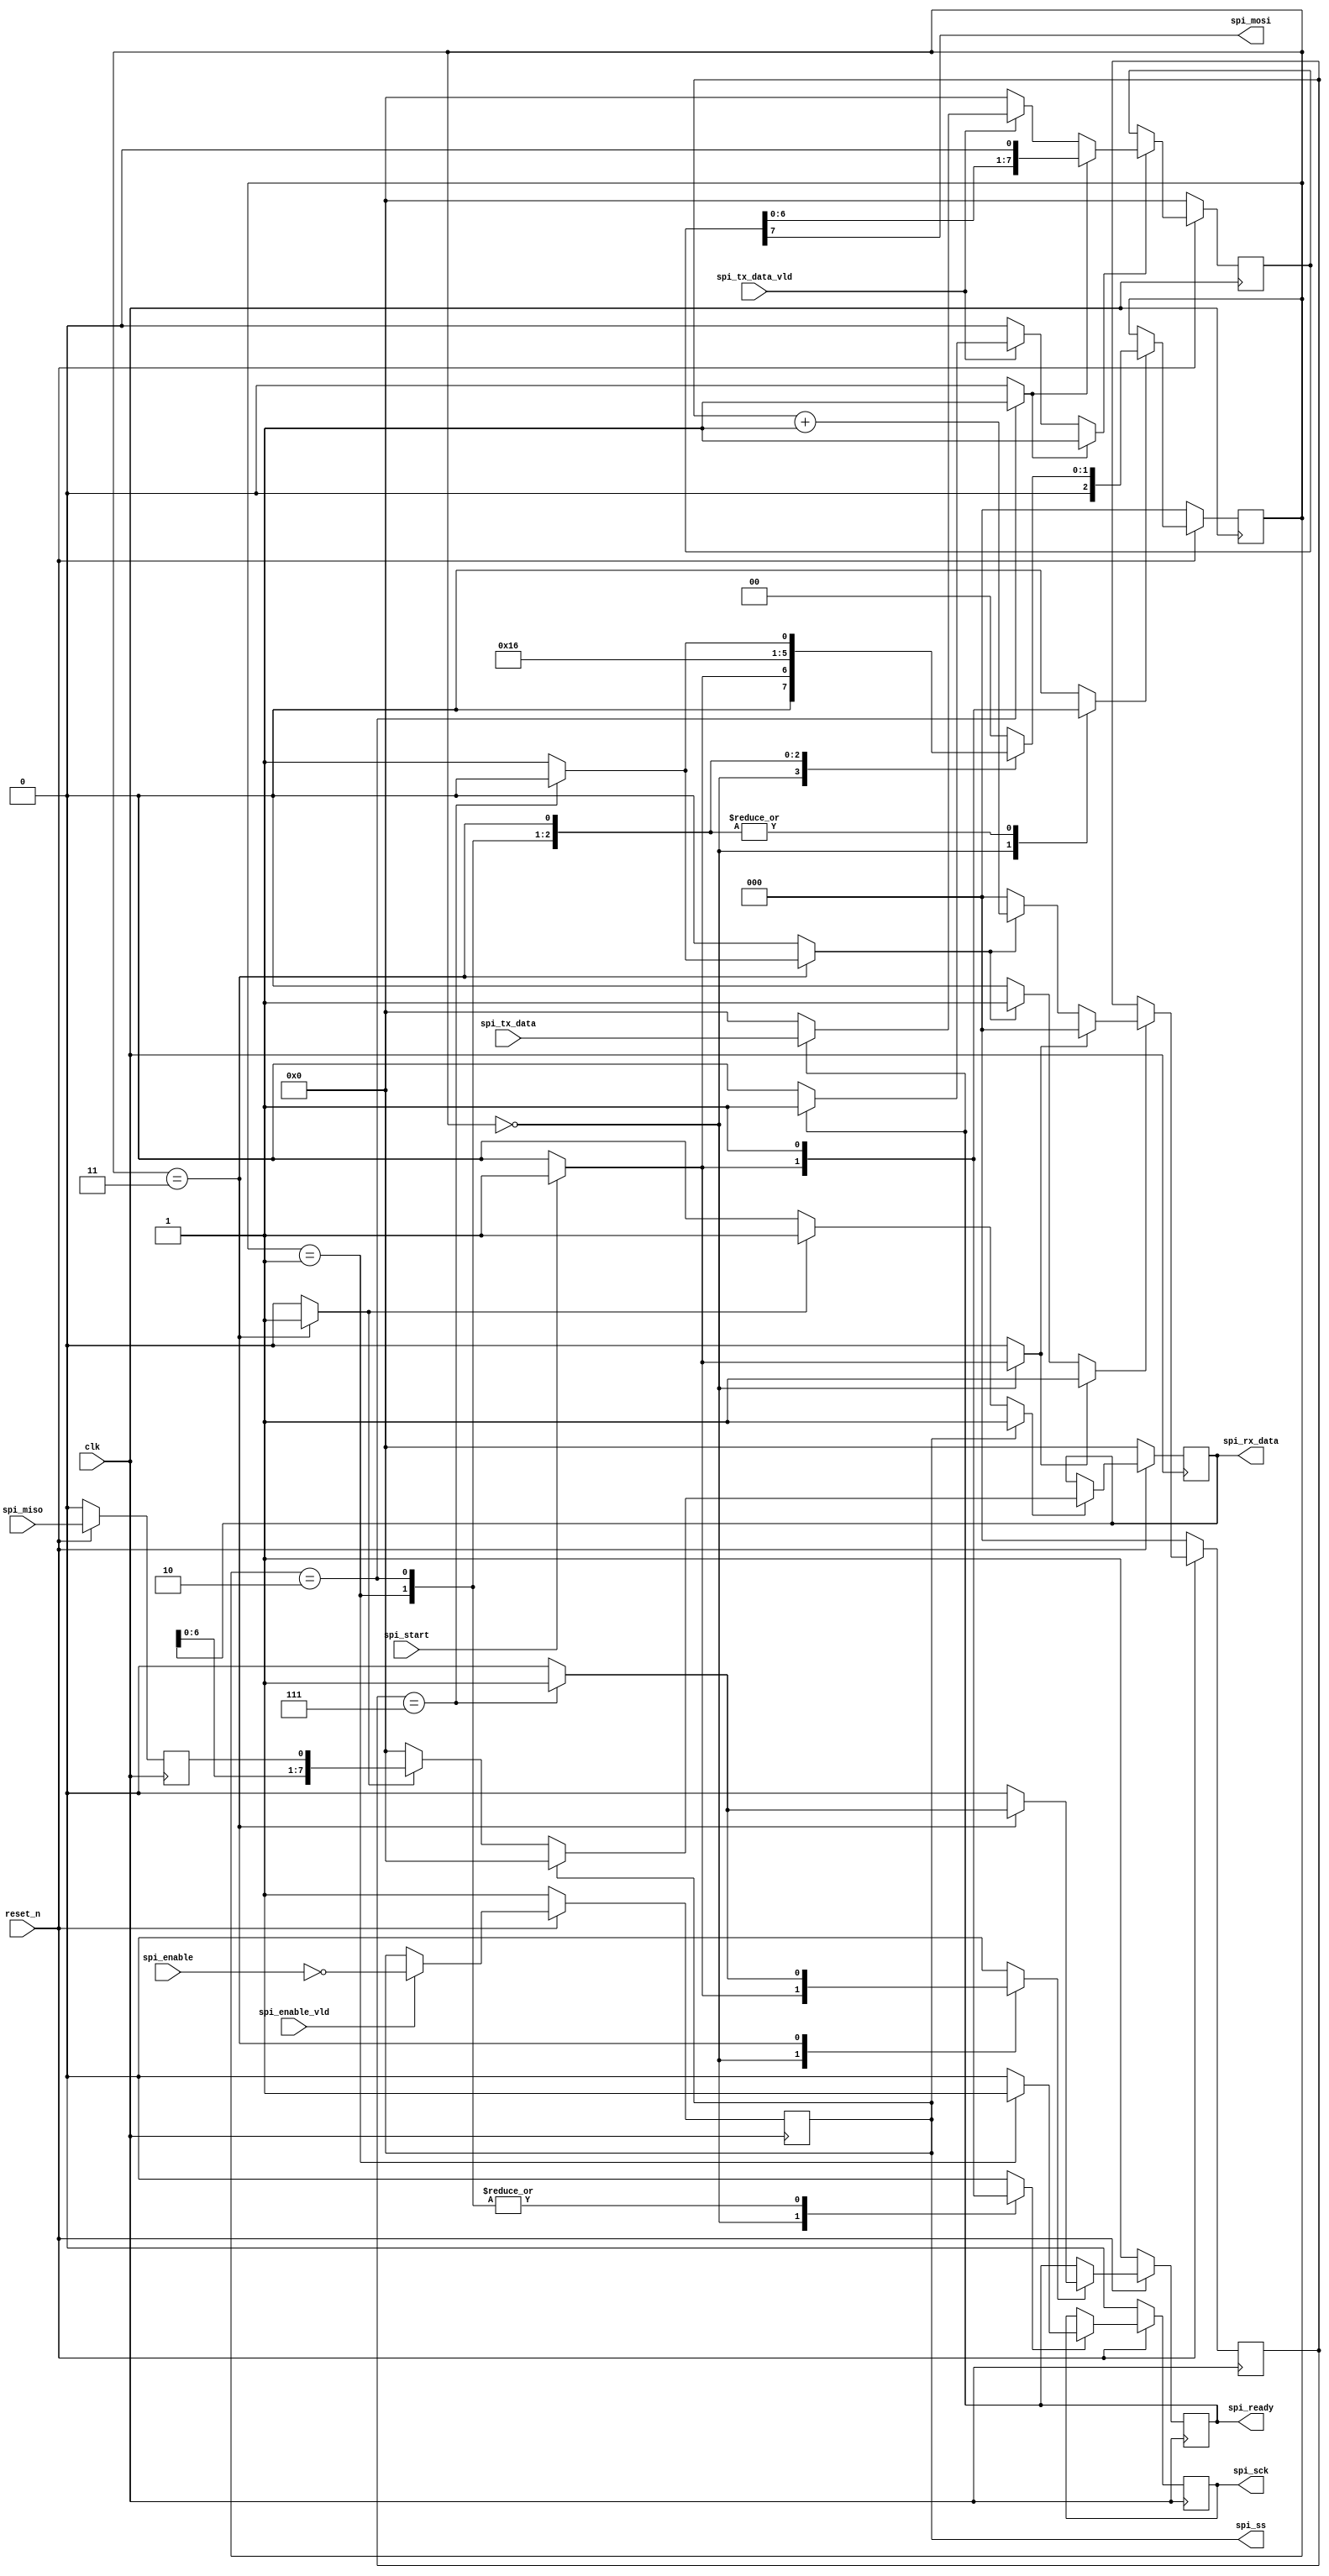
//======================================================================
//
// tk1_spi_master.v
// ----------------
// Minimal SPI master to be integrated into the tk1 module.
// The SPI master is able to generate a clock, and transfer,
// exchange a single byte with the slave.
//
// This master is compatible with the Winbond W25Q80DV memory.
// This means that MSB of a response from the memory is provided
// on the falling clock edge on the LSB of the command byte, not
// on a dummy byte. This means that the response spans the boundary
// of the bytes, The core handles this by sampling the MISO
// just prior to settint the positive clock flank at the start
// of a byte transfer.
//
//
// Copyright (C) 2023 - Tillitis AB
// SPDX-License-Identifier: GPL-2.0-only
//
//======================================================================

`default_nettype none

module tk1_spi_master(
		      input wire           clk,
		      input wire           reset_n,

		      output wire          spi_ss,
		      output wire          spi_sck,
		      output wire          spi_mosi,
		      input wire           spi_miso,

		      input wire           spi_enable,
		      input wire           spi_enable_vld,
		      input wire           spi_start,
		      input wire  [7 : 0]  spi_tx_data,
		      input wire           spi_tx_data_vld,
		      output wire  [7 : 0] spi_rx_data,
		      output wire          spi_ready
		     );


  //----------------------------------------------------------------
  // Internal constant and parameter definitions.
  //----------------------------------------------------------------
  localparam CTRL_IDLE      = 3'h0;
  localparam CTRL_POS_FLANK = 3'h1;
  localparam CTRL_NEG_FLANK = 3'h2;
  localparam CTRL_NEXT      = 3'h3;


  //----------------------------------------------------------------
  // Registers including update variables and write enable.
  //----------------------------------------------------------------
  reg          spi_ss_reg;

  reg          spi_csk_reg;
  reg          spi_csk_new;
  reg          spi_csk_we;

  reg [7 : 0]  spi_tx_data_reg;
  reg [7 : 0]  spi_tx_data_new;
  reg          spi_tx_data_nxt;
  reg          spi_tx_data_we;

  reg [7 : 0]  spi_rx_data_reg;
  reg [7 : 0]  spi_rx_data_new;
  reg          spi_rx_data_nxt;
  reg          spi_rx_data_we;

  reg          spi_miso_sample_reg;

  reg [2 : 0]  spi_bit_ctr_reg;
  reg [2 : 0]  spi_bit_ctr_new;
  reg          spi_bit_ctr_rst;
  reg          spi_bit_ctr_inc;
  reg          spi_bit_ctr_we;

  reg          spi_ready_reg;
  reg          spi_ready_new;
  reg          spi_ready_we;

  reg [2 : 0]  spi_ctrl_reg;
  reg [2 : 0]  spi_ctrl_new;
  reg          spi_ctrl_we;


  //----------------------------------------------------------------
  // Concurrent connectivity for ports etc.
  //----------------------------------------------------------------
  assign spi_ss      = spi_ss_reg;
  assign spi_sck     = spi_csk_reg;
  assign spi_mosi    = spi_tx_data_reg[7];
  assign spi_rx_data = spi_rx_data_reg;
  assign spi_ready   = spi_ready_reg;


  //----------------------------------------------------------------
  // reg_update
  //----------------------------------------------------------------
  always @ (posedge clk)
    begin : reg_update
      if (!reset_n) begin
	spi_ss_reg          <= 1'h1;
	spi_csk_reg         <= 1'h0;
	spi_miso_sample_reg <= 1'h0;
	spi_tx_data_reg     <= 8'h0;
	spi_rx_data_reg     <= 8'h0;
	spi_bit_ctr_reg     <= 3'h0;
	spi_ready_reg       <= 1'h1;
	spi_ctrl_reg        <= CTRL_IDLE;
      end

      else begin
	spi_miso_sample_reg <= spi_miso;

	if (spi_enable_vld) begin
	  spi_ss_reg <= ~spi_enable;
	end

	if (spi_csk_we) begin
	  spi_csk_reg <= spi_csk_new;
	end

	if (spi_tx_data_we) begin
	  spi_tx_data_reg <= spi_tx_data_new;
	end

	if (spi_rx_data_we) begin
	  spi_rx_data_reg <= spi_rx_data_new;
	end

	if (spi_ready_we) begin
	  spi_ready_reg <= spi_ready_new;
	end

	if (spi_bit_ctr_we) begin
	  spi_bit_ctr_reg <= spi_bit_ctr_new;
	end

	if (spi_ctrl_we) begin
	  spi_ctrl_reg <= spi_ctrl_new;
	end
      end
    end // reg_update


  //----------------------------------------------------------------
  // bit_ctr
  //----------------------------------------------------------------
  always @*
    begin : bit_ctr
      spi_bit_ctr_new = 3'h0;
      spi_bit_ctr_we  = 1'h0;

      if (spi_bit_ctr_rst) begin
	spi_bit_ctr_new = 3'h0;
	spi_bit_ctr_we  = 1'h1;
      end

      else if (spi_bit_ctr_inc) begin
	spi_bit_ctr_new = spi_bit_ctr_reg + 1'h1;
	spi_bit_ctr_we  = 1'h1;
      end
    end


  //----------------------------------------------------------------
  // spi_tx_data_logic
  //
  // Logic for the tx_data shift register.
  // Either load or shift the data register.
  //----------------------------------------------------------------
  always @*
    begin : spi_tx_data_logic
      spi_tx_data_new = 8'h0;
      spi_tx_data_we  = 1'h0;

      if (spi_tx_data_vld) begin
	if (spi_ready_reg) begin
	  spi_tx_data_new = spi_tx_data;
	  spi_tx_data_we  = 1'h1;
	end
      end

      if (spi_tx_data_nxt) begin
	spi_tx_data_new = {spi_tx_data_reg[6 : 0], 1'h0};
	spi_tx_data_we  = 1'h1;
      end
    end


  //----------------------------------------------------------------
  // spi_rx_data_logic
  // Logic for the rx_data shift register.
  //----------------------------------------------------------------
  always @*
    begin : spi_rx_data_logic
      spi_rx_data_new = 8'h0;
      spi_rx_data_we  = 1'h0;

      if (spi_ss) begin
	spi_rx_data_new = 8'h0;
	spi_rx_data_we  = 1'h1;
      end

      else if (spi_rx_data_nxt) begin
	spi_rx_data_new = {spi_rx_data_reg[6 : 0], spi_miso_sample_reg};
	spi_rx_data_we  = 1'h1;
      end
    end


  //----------------------------------------------------------------
  // spi_master_ctrl
  //----------------------------------------------------------------
  always @*
    begin : spi_master_ctrl
      spi_rx_data_nxt = 1'h0;
      spi_tx_data_nxt = 1'h0;
      spi_csk_new     = 1'h0;
      spi_csk_we      = 1'h0;
      spi_bit_ctr_rst = 1'h0;
      spi_bit_ctr_inc = 1'h0;
      spi_ready_new   = 1'h0;
      spi_ready_we    = 1'h0;
      spi_ctrl_new    = CTRL_IDLE;
      spi_ctrl_we     = 1'h0;

      case (spi_ctrl_reg)
        CTRL_IDLE: begin
          if (spi_start) begin
	    spi_csk_new     = 1'h0;
	    spi_csk_we      = 1'h1;
	    spi_bit_ctr_rst = 1'h1;
	    spi_ready_new   = 1'h0;
	    spi_ready_we    = 1'h1;
	    spi_ctrl_new    = CTRL_POS_FLANK;
	    spi_ctrl_we     = 1'h1;
          end
	end

	CTRL_POS_FLANK: begin
	  spi_csk_new     = 1'h1;
	  spi_csk_we      = 1'h1;
	  spi_ctrl_new    = CTRL_NEG_FLANK;
	  spi_ctrl_we     = 1'h1;
	end

	CTRL_NEG_FLANK: begin
	  spi_tx_data_nxt = 1'h1;
	  spi_csk_new  = 1'h0;
	  spi_csk_we   = 1'h1;
	  spi_ctrl_new = CTRL_NEXT;
	  spi_ctrl_we  = 1'h1;
	end

	CTRL_NEXT: begin
	  spi_rx_data_nxt = 1'h1;
	  if (spi_bit_ctr_reg == 3'h7) begin
	    spi_ready_new = 1'h1;
	    spi_ready_we  = 1'h1;
	    spi_ctrl_new  = CTRL_IDLE;
	    spi_ctrl_we   = 1'h1;
	  end
	  else begin
	    spi_bit_ctr_inc = 1'h1;
	    spi_ctrl_new    = CTRL_POS_FLANK;
	    spi_ctrl_we     = 1'h1;
	  end
	end

        default: begin
        end
      endcase // case (spi_ctrl_reg)
    end

endmodule // tk1_spi_master

//======================================================================
// EOF tk1_spi_master.v
//======================================================================